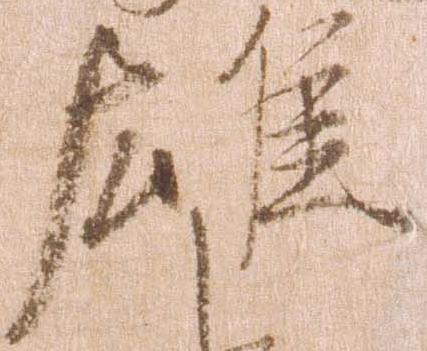
雄